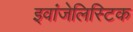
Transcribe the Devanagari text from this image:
इवांजेलिस्टिक